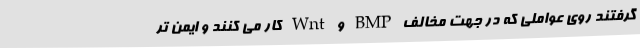
گرفتند روی عواملی که در جهت مخالف BMP و Wnt کار می کنند و ایمن تر